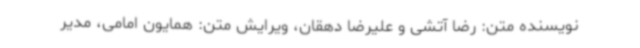
نویسنده متن: رضا آتشی و علیرضا دهقان، ویرایش متن: همایون امامی، مدیر